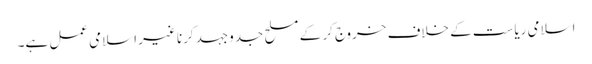
اسلامی ریاست کے خلاف خروج کر کے مسلح جدوجہد کرنا غیر اسلامی عمل ہے۔